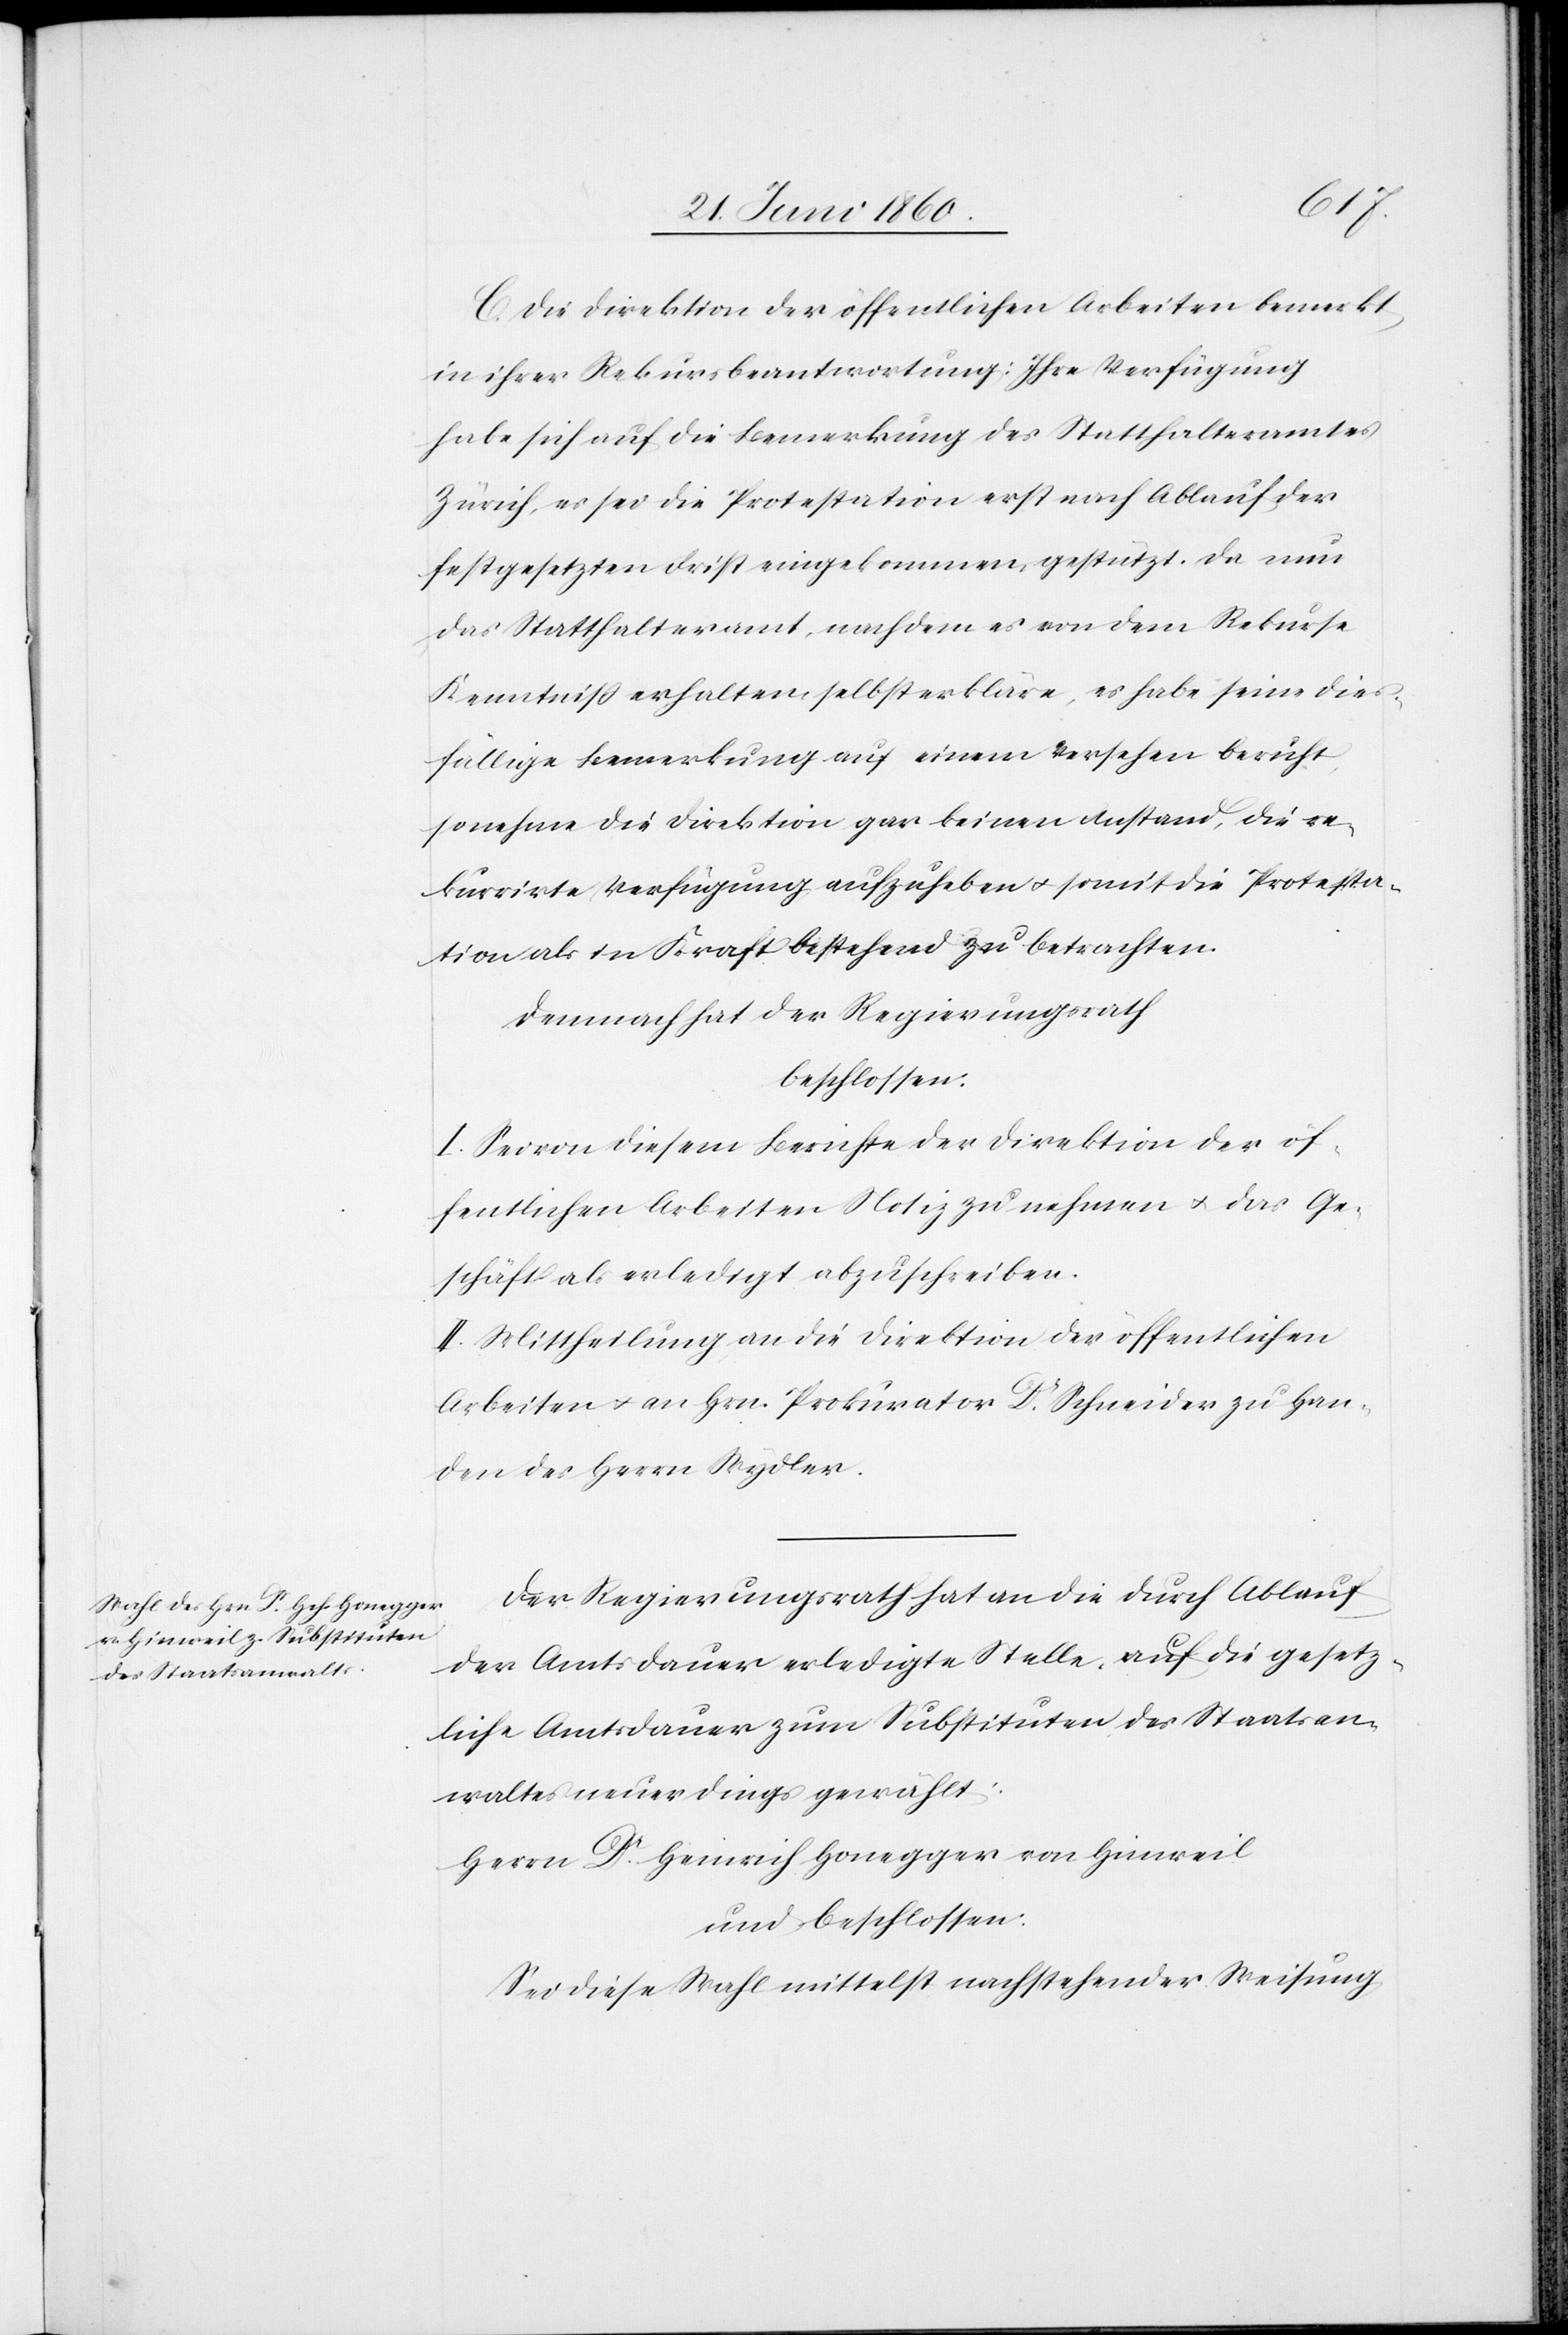
C. Die Direktion der öffentlichen Arbeiten bemerkt
in ihrer Rekursbeantwortung: Ihre Verfügung
habe sich auf die Bemerkung des Statthalteramtes
Zürich, es sei die Protestation erst nach Ablauf der
festgesetzten Frist eingekommen, gestützt. Da nun
das Statthalteramt, nachdem er von dem Rekurse
Kenntniss erhalten, selbst erkläre, es habe seine dies¬
fällige Bemerkung auf einem Versehen beruht,
so nehme die Direktion gar keinen Anstand, die re¬
kurrirte Verfügung aufzuheben u. somit die Protesta¬
tion als in Kraft bestehend zu betrachten.
Demnach hat der Regierungsrath
beschlossen:
I. Sei von diesem Berichte der Direktion der öf¬
fentlichen Arbeiten Notiz zu nehmen u. das Ge¬
schäft als erledigt abzuschreiben.
II. Mittheilung an die Direktion der öffentlichen
Arbeiten u. an Hrn. Prokurator Dr Schneider zu Han¬
den des Herrn Wydler.
Der Regierungsrath hat an die durch Ablauf
der Amtsdauer erledigte Stelle, auf die gesetz¬
liche Amtsdauer zum Substituten des Staatsan¬
waltes neuerdings gewählt:
Herrn Dr Heinrich Honegger von Hinweil
und beschlossen:
Sei diese Wahl mittelst nachstehender Weisung